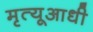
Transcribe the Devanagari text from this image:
मृत्यूआधी